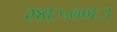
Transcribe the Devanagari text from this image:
२४६५७०६३